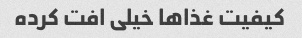
کیفیت غذا‌ها خیلی افت کرده